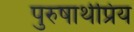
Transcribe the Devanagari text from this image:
पुरुषार्थप्रिय